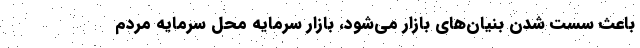
باعث سست شدن بنیان‌های بازار می‌شود، بازار سرمایه محل سرمایه مردم